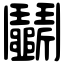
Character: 鬭